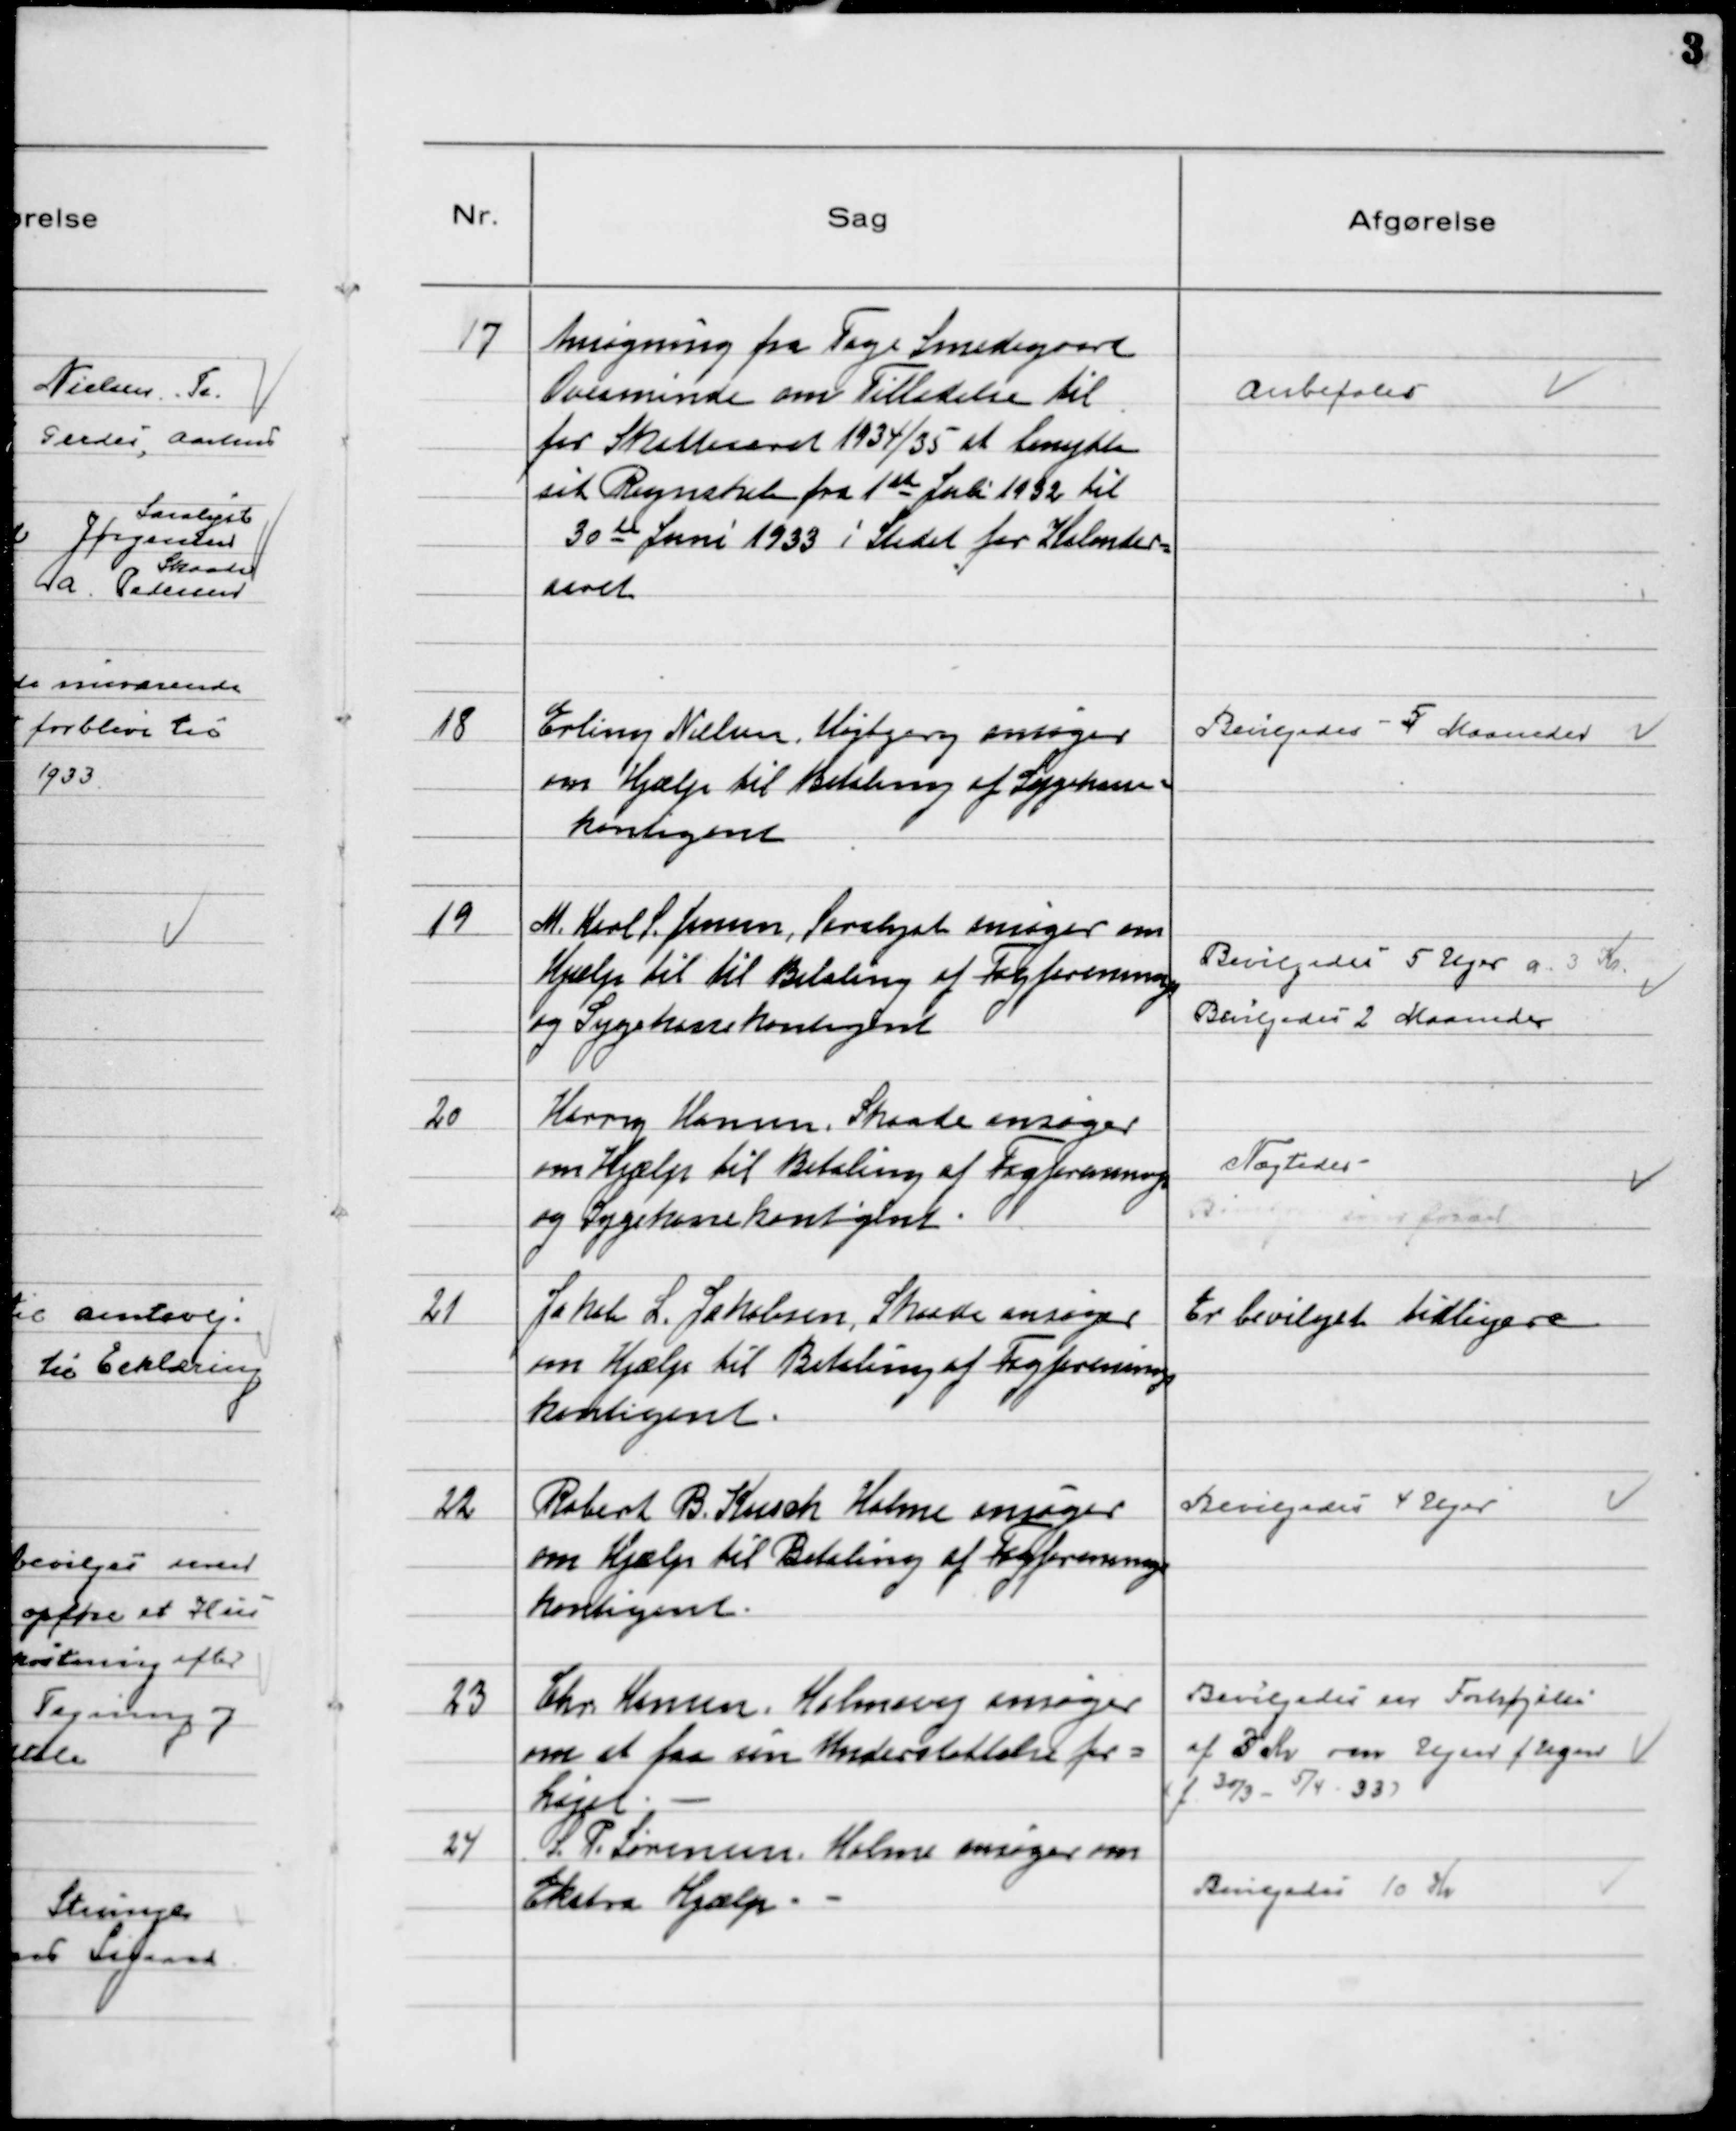
Transskription:
17
Ansøgning fra Tage Smedegaard
Ovesminde om Tilladelse til
for Skatteaaret 1934/35 at benytte
sit Regnskab fra 1ste Juli 1932 til
30de Juni 1933 i Stedet for Kalender-
aaret

Anbefales

18
Erling Nielsen, Højbjerg ansøger
om Hjælp til Betaling af Sygekasse-
kontigent

Bevilgedes - 5 Maaneder

19
M. Karl S. Jensen, Saralyst ansøger om
Hjælp til til Betaling af Fagforenings
og Sygekassekontigent

Bevilgedes 5 Uger a 3 Kr.
Bevilgedes 2 Maaneder

20
Harry Hansen, Skaade ansøger
om Hjælp til Betaling af Fagforenings
og Sygekassekontigent

Nægtedes

21
Jakob L. Jakobsen, Skaade ansøger
om Hjælp til Betaling af Fagforenings
kontigent.

Er bevilget tidligere

22
Robert B. Kusk Holme ansøger
om Hjælp til Betaling af Fagforenings
kontigent.

Bevilgedes 4 Uger

23
Chr Hansen, Holmevej ansøger
om at faa sin Understøttelse for-
højet.

Bevilgedes en Forhøjelse
af 3 Kr om Ugen f Ugen
(f. 30/3 - 5/4 - 33)

24
L. P. Sørensen Holme ansøger om
Ekstra Hjælp.

Bevilgedes 10 Kr